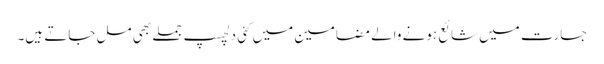
جسارت میں شائع ہونے والے مضامین میں کئی دلچسپ جملے بھی مل جاتے ہیں۔